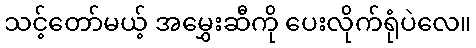
သင့်တော်မယ့် အမွှေးဆီကို ပေးလိုက်ရုံပဲလေ။